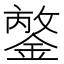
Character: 𨪣